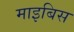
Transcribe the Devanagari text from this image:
माइबिस